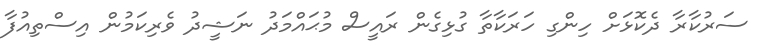
ސަރުކާރާ ދެކޮޅަށް ހިންގި ހަރަކާތާ ގުޅިގެން ރައީސް މުޙައްމަދު ނަޝީދު ވެރިކަމުން އިސްތިއުފާ